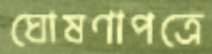
ঘোষণাপত্রে